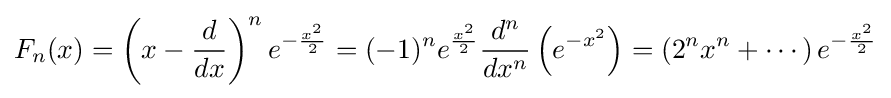
F_{n}(x)=\left(x-{d \over dx}\right)^{n}e^{-{\frac {x^{2}}{2}}}=(-1)^{n}e^{\frac {x^{2}}{2}}{d^{n} \over dx^{n}}\left(e^{-x^{2}}\right)=\left(2^{n}x^{n}+\cdots \right)e^{-{\frac {x^{2}}{2}}}